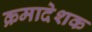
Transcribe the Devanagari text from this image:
क्रमादेशक